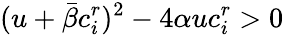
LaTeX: (u+\bar{\beta}c_{i}^{r})^{2}-4\alpha uc_{i}^{r}>0